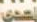
إحدى